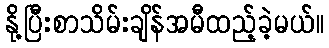
နို့ပြီးစာသိမ်းချိန်အမီထည့်ခဲ့မယ်။